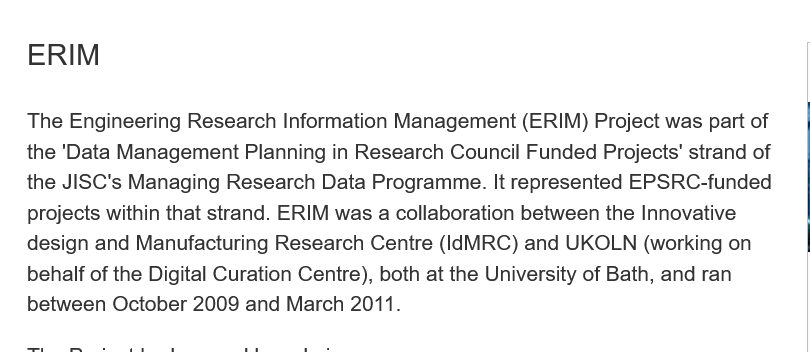
ERIM
   The Engineering Research Information Management (ERIM) Project was part of
   the 'Data Management Planning in Research Council Funded Projects’ strand of
   the JISC's Managing Research Data Programme. It represented EPSRC-funded
   projects within that strand. ERIM was a collaboration between the Innovative
   design and Manufacturing Research Centre (IdMRC) and UKOLN (working on
   behalf of the Digital Curation Centre), both at the University of Bath, and ran
   between October 2009 and March 2011.